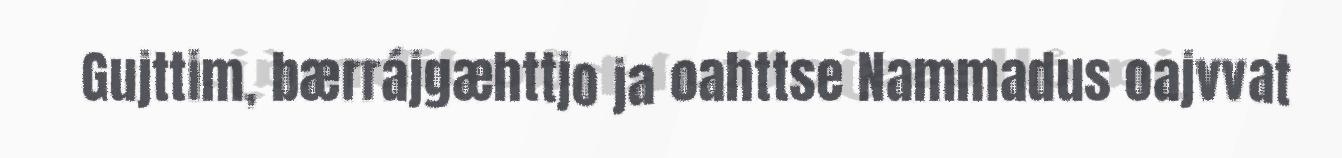
Gujttim, bærrájgæhttjo ja oahttse Nammadus oajvvat